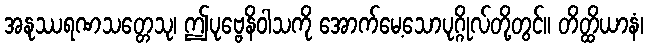
အနုဿရဏသတ္တေသု၊ ဤပုဗ္ဗေနိဝါသကို အောက်မေ့သောပုဂ္ဂိုလ်တို့တွင်။ တိတ္ထိယာနံ၊